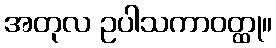
အတုလ ဥပါသကာဝတ္ထု။